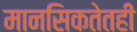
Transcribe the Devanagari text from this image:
मानसिकतेतही